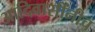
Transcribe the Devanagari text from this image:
आदिवासींनीच